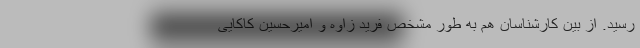
رسید. از بین کارشناسان هم به طور مشخص فرید زاوه و امیرحسین کاکایی